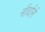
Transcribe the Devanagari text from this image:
नौर्दार्न